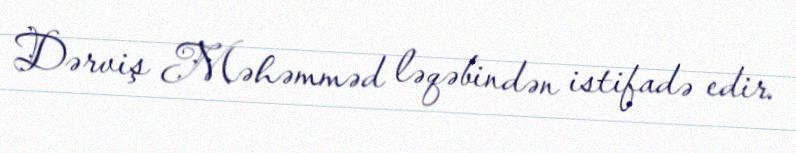
Dərviş Məhəmməd ləqəbindən istifadə edir.